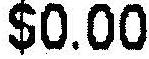
$0.00